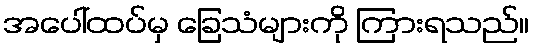
အပေါ်ထပ်မှ ခြေသံများကို ကြားရသည်။